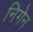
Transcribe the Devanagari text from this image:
निगेन